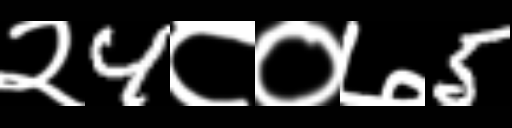
Text: २4८०७5